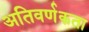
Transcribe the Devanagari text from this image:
अतिवर्णकता